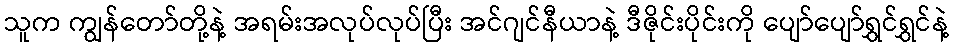
သူက ကျွန်တော်တို့နဲ့ အရမ်းအလုပ်လုပ်ပြီး အင်ဂျင်နီယာနဲ့ ဒီဇိုင်းပိုင်းကို ပျော်ပျော်ရွှင်ရွှင်နဲ့